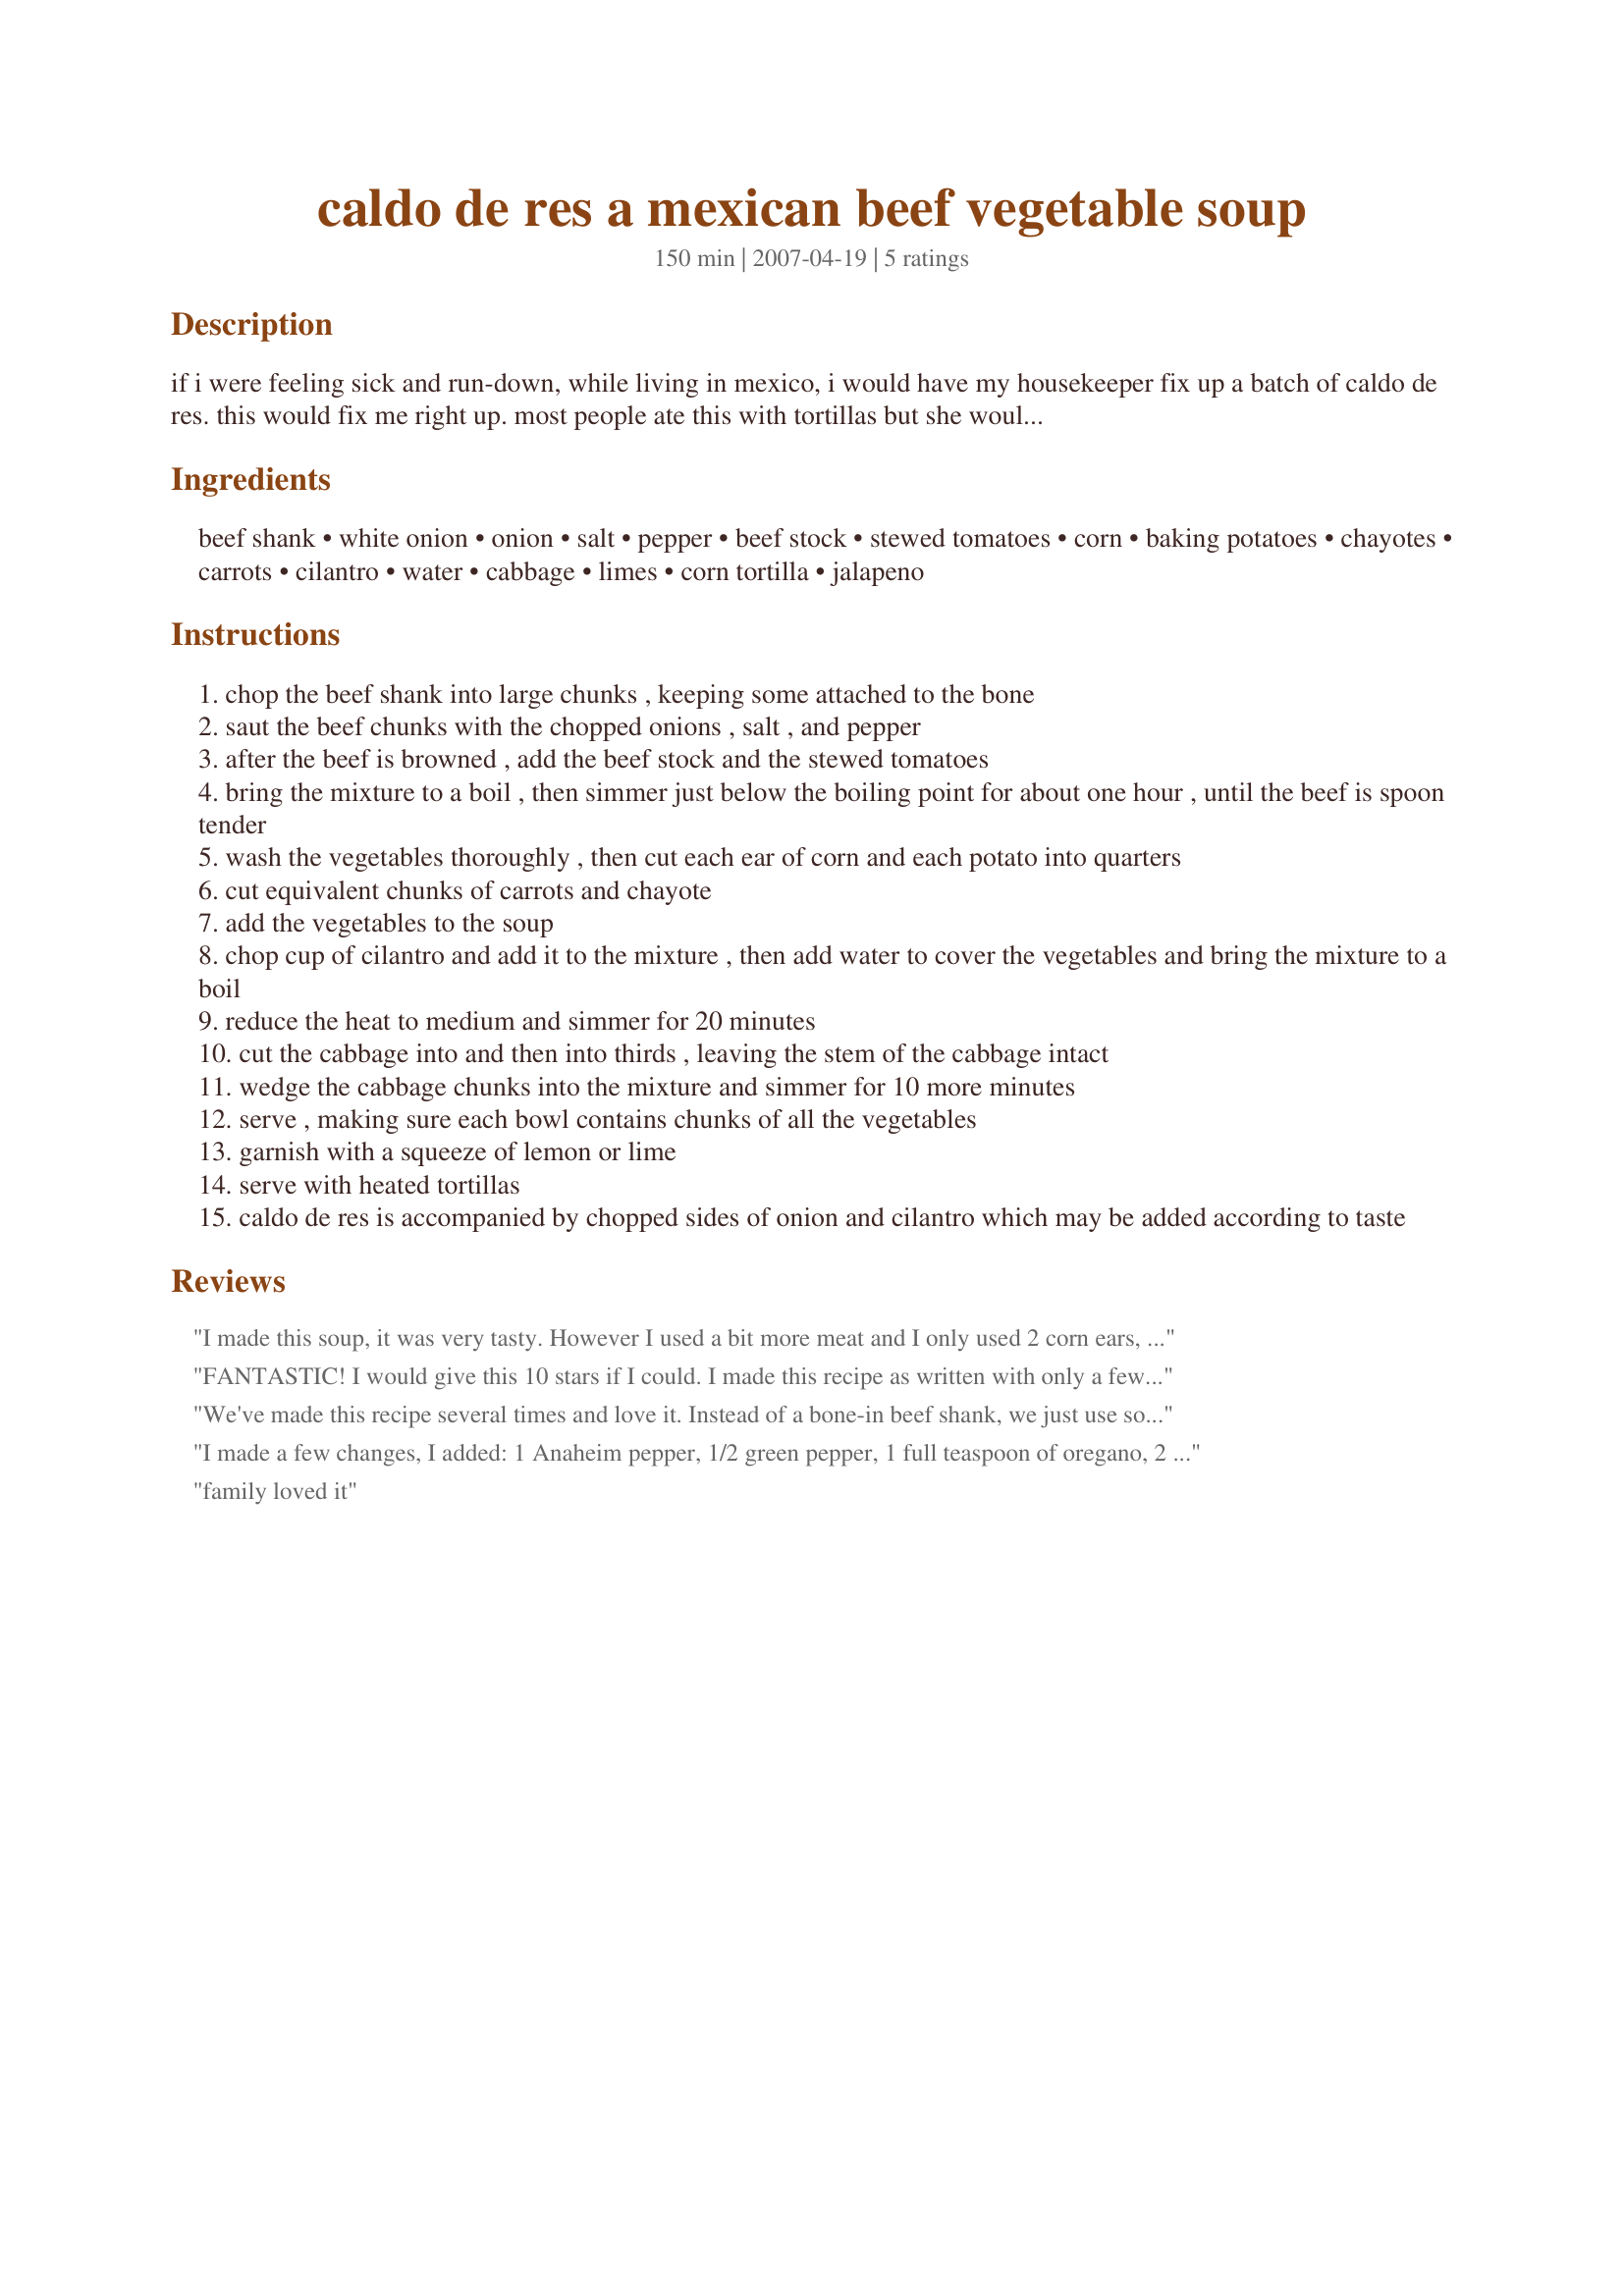
caldo de res a mexican beef vegetable soup
Preparation time: 150 minutes

if i were feeling sick and run-down, while living in mexico, i would have my housekeeper fix up a batch of caldo de res. this would fix me right up. most people ate this with tortillas but she would always serve this with some mexican cornbread baked in a cast-iron skillet. makes my mouth water just thinking of this!

Ingredients:
beef shank, white onion, onion, salt, pepper, beef stock, stewed tomatoes, corn, baking potatoes, chayotes, carrots, cilantro, water, cabbage, limes, corn tortilla, jalapeno

Steps:
chop the beef shank into large chunks , keeping some attached to the bone
saut the beef chunks with the chopped onions , salt , and pepper
after the beef is browned , add the beef stock and the stewed tomatoes
bring the mixture to a boil , then simmer just below the boiling point for about one hour , until the beef is spoon tender
wash the vegetables thoroughly , then cut each ear of corn and each potato into quarters
cut equivalent chunks of carrots and chayote
add the vegetables to the soup
chop cup of cilantro and add it to the mixture , then add water to cover the vegetables and bring the mixture to a boil
reduce the heat to medium and simmer for 20 minutes
cut the cabbage into and then into thirds , leaving the stem of the cabbage intact
wedge the cabbage chunks into the mixture and simmer for 10 more minutes
serve , making sure each bowl contains chunks of all the vegetables
garnish with a squeeze of lemon or lime
serve with heated tortillas
caldo de res is accompanied by chopped sides of onion and cilantro which may be added according to taste

Reviews:
I made this soup, it was very tasty. However I used a bit more meat and I only used 2 corn ears, 2 carrots, 4 small potatoees, and half a cabbage head. There was still far more veges, than meat, a better ratio IMO. Even with the reduced veges I reckon this recipe easily serves 6-8 ! pretty easy and very nice. I added some chili for extra kick!...
FANTASTIC! I would give this 10 stars if I could. I made this recipe as written with only a few substitutions. For the meat I used 4 beef shanks, 1 large beef short rib (butcher cut into 6 or 7 pieces), and 4 large pieces of oxtail. Instead of using beef broth, I browned the shanks and rib pieces over high heat to get more flavor, then added the oxtail, onions, salt and pepper and sauted as directed. In step 3, I added plain water and a small can of diced tomatoes. For the veggies, the only change was to use Mexican zucchini. Other than that, I followed the recipe as written. AWSOME! My husband, who is Mexican, loved it. My children loved it as well. They said, "The potatoes taste like french fries!" This recipe makes a huge pot of soup. The amount of servings depends on who you are serving, but it is easily 6-8.
We've made this recipe several times and love it. Instead of a bone-in beef shank, we just use some kind of chunked boneless steak with a condensed homemade beef stock. We don't have access to chayotes, so we use zucchinis instead. Highly recommend this soup!
I made a few changes, I added: 1 Anaheim pepper, 1/2 green pepper, 1 full teaspoon of oregano, 2 bay leaves, 1/2 teaspoon cumin, 1 package Lipton mushroom/onion soup, one of each squash posted, and 1 can of chopped tomatoes with Mexican seasonings.
family loved it
